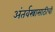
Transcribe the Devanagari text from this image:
अंतर्वस्त्रासाठीची